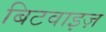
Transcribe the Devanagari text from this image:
बिटवाइज़